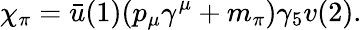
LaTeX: \chi_{\pi}=\bar{u}(1)(p_{\mu}\gamma^{\mu}+m_{\pi})\gamma_{5}v(2).